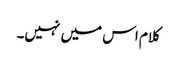
کلام اس میں نہیں۔